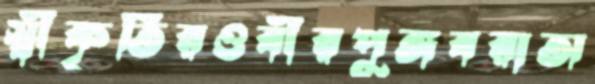
স্বীকৃতিরওবীরপুঙ্গবরাঅ